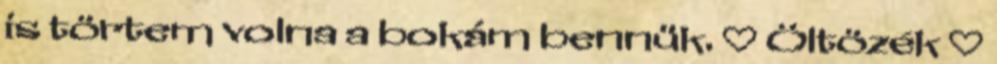
is törtem volna a bokám bennük. ♡ Öltözék ♡